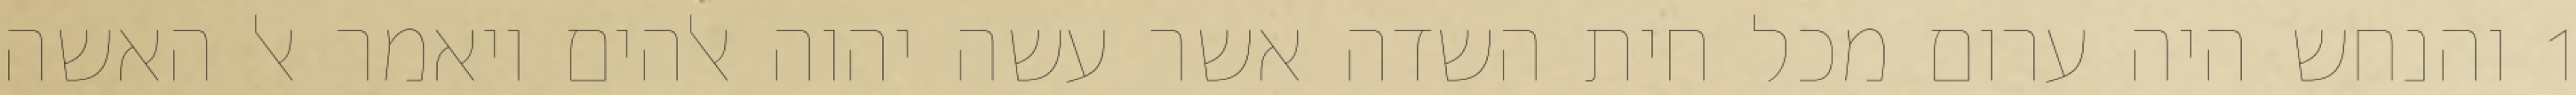
1 והנחש היה ערום מכל חית השדה אשר עשה יהוה אלהים ויאמר אל האשה